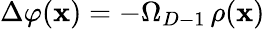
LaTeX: \Delta\varphi({\mathbf x})=-\Omega_{D-1}\, \rho({\mathbf x})